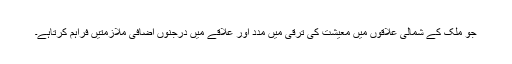
جو ملک کے شمالی علاقوں میں معیشت کی ترقی میں مدد اور علاقے میں درجنوں اضافی ملازمتیں فراہم کرتاہے۔